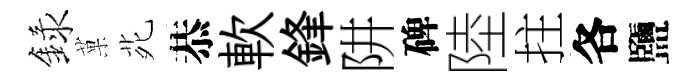
録菓𫟍恭軟鋒阱碑陸拄各鹽